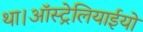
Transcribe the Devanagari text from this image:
था।ऑस्ट्रेलियाईयो